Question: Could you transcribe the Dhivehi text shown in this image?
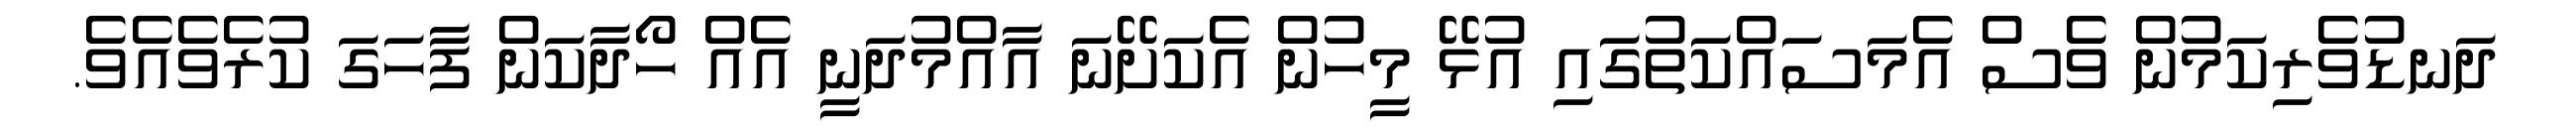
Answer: ދަނޑުވެރިކަމުން ވެސް އެމަސައްކަތުގައި އުޅޭ މީހުން އެކަށޭނަ އާއްމުދަނީ އެއް ހޯދާކަން ފާހަގަ ކުރެވެއެވެ.